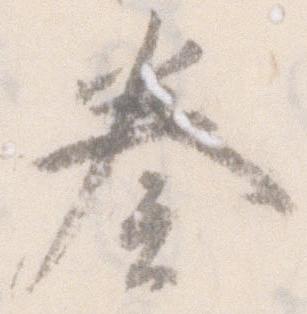
奏